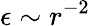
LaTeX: \epsilon\sim r^{-2}